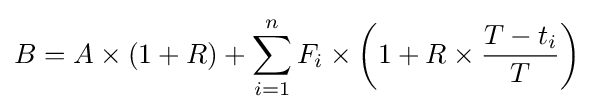
B=A\times (1+R)+\sum _{i=1}^{n}F_{i}\times \left(1+R\times {\frac {T-t_{i}}{T}}\right)